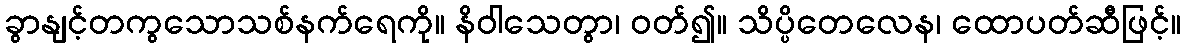
ခွာနျင့်တကွသောသစ်နက်ရေကို။ နိဝါသေတွာ၊ ဝတ်၍။ သိပ္ပိတေလေန၊ ထောပတ်ဆီဖြင့်။